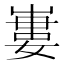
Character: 㟺